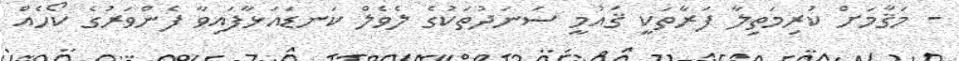
- މަޤާމަށް ކުރިމަތިލާ ފަރާތަކީ ޤައުމީ ސަނަދުތަކުގެ ލެވެލް ކަނޑައަޅާފައިވާ ފެންވަރުގެ ކޯހެއް